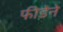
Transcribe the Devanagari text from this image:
फीडेने